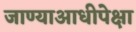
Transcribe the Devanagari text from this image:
जाण्याआधीपेक्षा